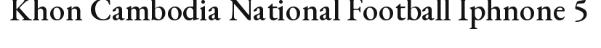
Khon Cambodia National Football Iphnone 5